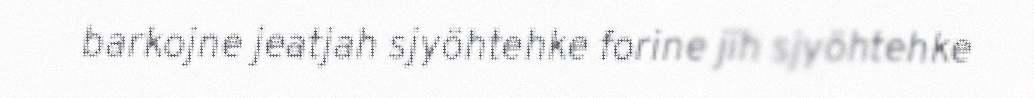
barkojne jeatjah sjyöhtehke forine jïh sjyöhtehke